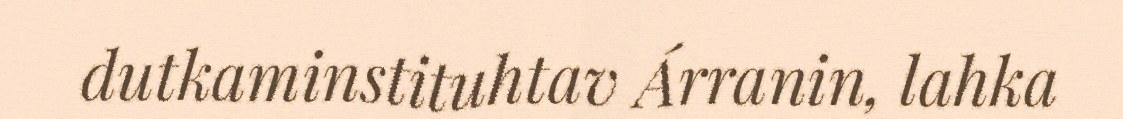
dutkaminstituhtav Árranin, lahka